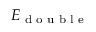
E _ { \textrm { d o u b l e } }